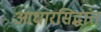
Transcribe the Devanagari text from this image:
आधारसिद्धांत